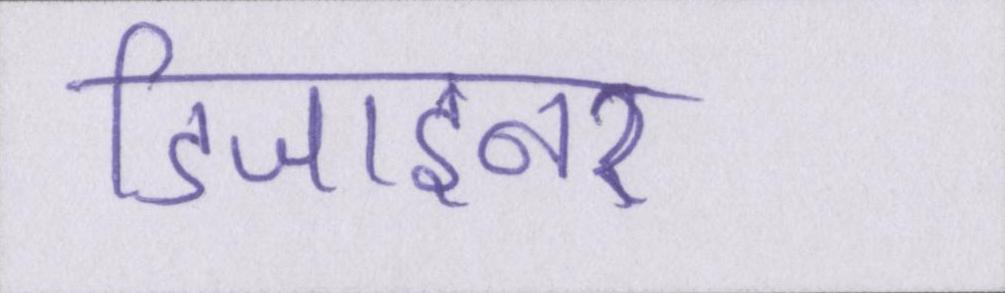
डिजाइनर